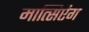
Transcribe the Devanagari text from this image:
मात्सिऐंग